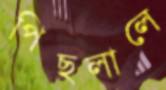
পিছলালে